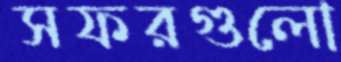
সফরগুলো